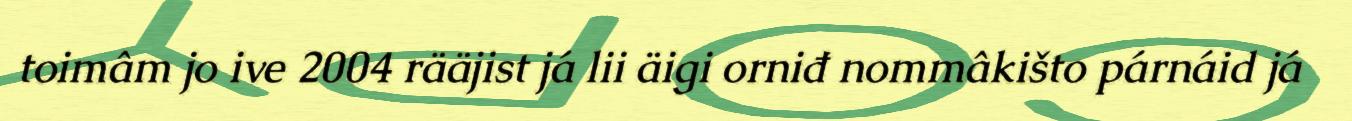
toimâm jo ive 2004 rääjist já lii äigi orniđ nommâkišto párnáid já